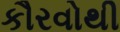
કૌરવોથી